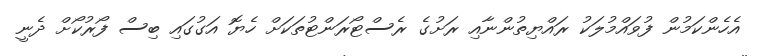
އެހެންކަމުން ފުވައްމުލަކު ރައްޔިތުންނާއި ރަށުގެ ރެސްޓޯރަންޓުތަކަށް ހެޔޮ އަގުގައި ބިސް ފޯރުކޯށް ދެނީ